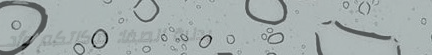
صيدلية الصفا: دوكاتكم وأد